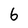
Character: 6